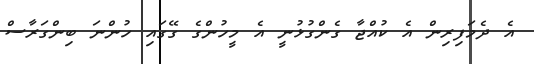
އެ ދެމަފިރިން އެ ކުއްޖާ ގެންގުޅުނީ އެ މީހުންގެ ގޭގައި ހުންނަ ބިންގަރާސް